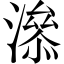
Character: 㵕